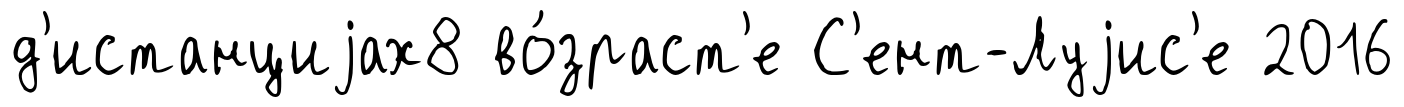
д'истанциjах8 во́зраст'е С'ент-Луjис'е 2016